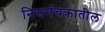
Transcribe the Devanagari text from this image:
निसर्गचक्रातील